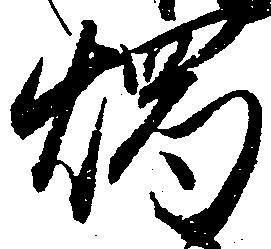
燭